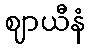
ဈာယီနံ